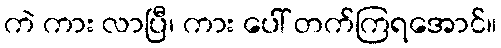
ကဲ ကား လာပြီ၊ ကား ပေါ် တက်ကြရအောင်။